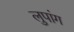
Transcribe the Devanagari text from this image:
लुपांग